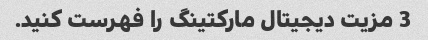
3 مزیت دیجیتال مارکتینگ را فهرست کنید.